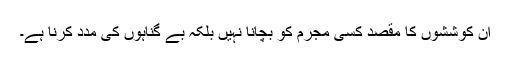
ان کوششوں کا مقصد کسی مجرم کو بچانا نہیں بلکہ بے گناہوں کی مدد کرنا ہے۔